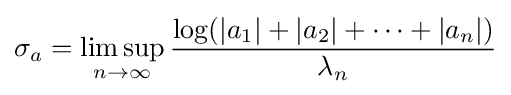
\sigma _{a}=\limsup _{n\to \infty }{\frac {\log(|a_{1}|+|a_{2}|+\cdots +|a_{n}|)}{\lambda _{n}}}